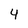
Character: 4